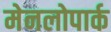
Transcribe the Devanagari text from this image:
मेनलोपार्क